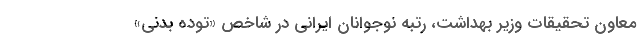
معاون تحقیقات وزیر بهداشت، رتبه نوجوانان ایرانی در شاخص «توده بدنی»